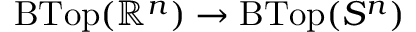
\operatorname { B T o p } ( \mathbb { R } ^ { n } ) \to \operatorname { B T o p } ( S ^ { n } )